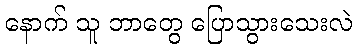
နောက် သူ ဘာတွေ ပြောသွားသေးလဲ